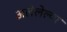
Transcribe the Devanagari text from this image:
अलेलेल्या